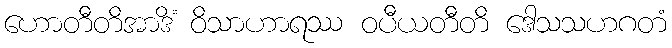
ဟောတီတိအာဒိံ ဝိသာဟာရဿ ဝပီယတီတိ ဒေါသသဟဂတံ